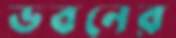
ভবনের